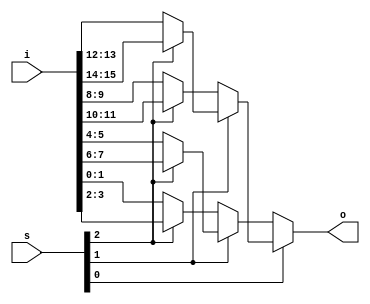
module mux_if_bal_8_2 #(parameter N=8, parameter W=2) (input [N*W-1:0] i, input [$clog2(N)-1:0] s, output reg [W-1:0] o);
always @*
    if (s[0] == 1'b0)
     if (s[1] == 1'b0)
      if (s[2] == 1'b0)
       o <= i[0*W+:W];
      else
       o <= i[1*W+:W];
     else
      if (s[2] == 1'b0)
       o <= i[2*W+:W];
      else
       o <= i[3*W+:W];
    else
     if (s[1] == 1'b0)
      if (s[2] == 1'b0)
       o <= i[4*W+:W];
      else
       o <= i[5*W+:W];
     else
      if (s[2] == 1'b0)
       o <= i[6*W+:W];
      else
       o <= i[7*W+:W];
endmodule